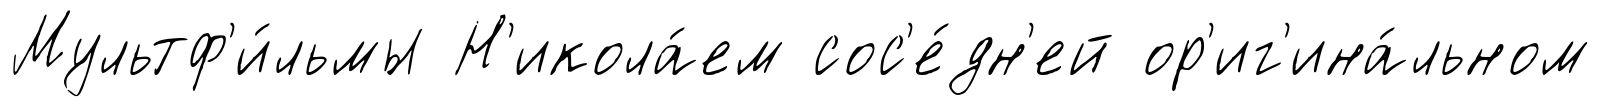
Мультф'и́льмы Н'икола́ем сос'е́дн'ей ор'иг'ина́льном